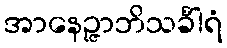
အာနေဉ္ဇာဘိသင်္ခါရံ